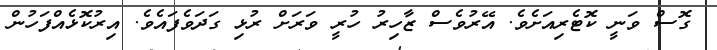
ގޮސް ވަނީ ކޮޓެރިއަށެވެ. އޭރުވެސް ޒާހިރު ހުރީ ވަރަށް ރުޅި ގަދަވެފައެވެ. އިރުކޮޅެއްފަހުން